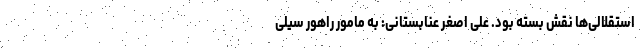
استقلالی‌ها نقش بسته بود. علی اصغر عنابستانی: به مامور راهور سیلی